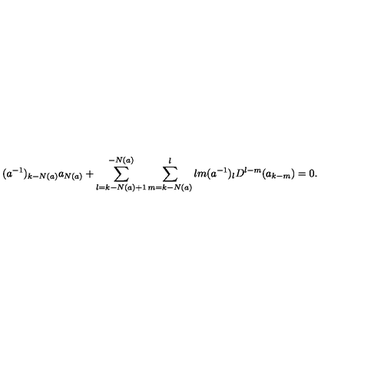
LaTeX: ( a ^ { - 1 } ) _ { k - N ( a ) } a _ { N ( a ) } + \sum _ { l = k - N ( a ) + 1 } ^ { - N ( a ) } \sum _ { m = k - N ( a ) } ^ { l } { \binom { l } { m } } ( a ^ { - 1 } ) _ { l } D ^ { l - m } ( a _ { k - m } ) = 0 .